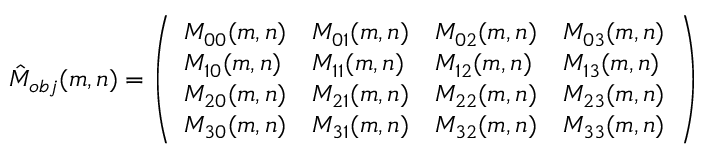
\hat { M } _ { o b j } ( m , n ) = \left( \begin{array} { l l l l } { M _ { 0 0 } ( m , n ) } & { M _ { 0 1 } ( m , n ) } & { M _ { 0 2 } ( m , n ) } & { M _ { 0 3 } ( m , n ) } \\ { M _ { 1 0 } ( m , n ) } & { M _ { 1 1 } ( m , n ) } & { M _ { 1 2 } ( m , n ) } & { M _ { 1 3 } ( m , n ) } \\ { M _ { 2 0 } ( m , n ) } & { M _ { 2 1 } ( m , n ) } & { M _ { 2 2 } ( m , n ) } & { M _ { 2 3 } ( m , n ) } \\ { M _ { 3 0 } ( m , n ) } & { M _ { 3 1 } ( m , n ) } & { M _ { 3 2 } ( m , n ) } & { M _ { 3 3 } ( m , n ) } \end{array} \right)